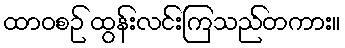
ထာဝစဉ် ထွန်းလင်းကြသည်တကား။